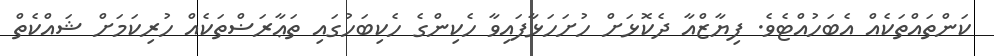
ކަންތައްތަކެއް އެބަހުއްޓެވެ. ފިޔާޒްއާ ދެކޮޅަށް ހުށަހަޅާފައިވާ ހެކިންގެ ހެކިބަހުގައި ތަޢާރަޟްތަކެއް ހުރިކަމަށް ޝައްކެތް